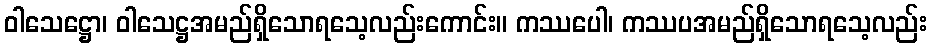
ဝါသေဋ္ဌော၊ ဝါသေဋ္ဌအမည်ရှိသောရသေ့လည်းကောင်း။ ကဿပေါ၊ ကဿပအမည်ရှိသောရသေ့လည်း